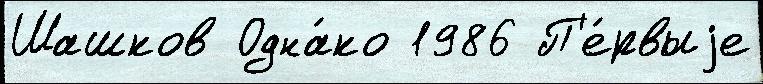
Шашков Одна́ко 1986 П'е́рвыjе